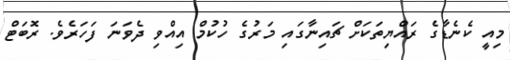
މިއީ ކެނެޑާގެ ރައްޔިތަކަށް ޗައިނާގައި މަރުގެ ހުކުމް އިއްވި ދެވަނަ ފަހަރެވެ. ރޮބަޓް